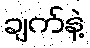
ချက်နဲ့